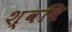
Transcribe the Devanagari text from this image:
श्ववि